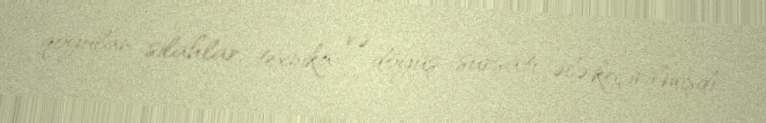
qoyulan silahlar, texnika və döyüş sursatı ələ keçirilmişdi.